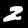
Label: 2